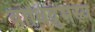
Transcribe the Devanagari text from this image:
बोधिद्रुमस्य